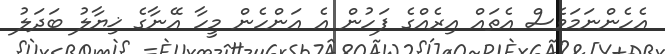
އެހެންނަމަވެސް އެތައް އިރެއްގެ ފަހުން އެ އަންހެން މީހާ އޭނާގެ ޚިޔާލު ބަދަލު